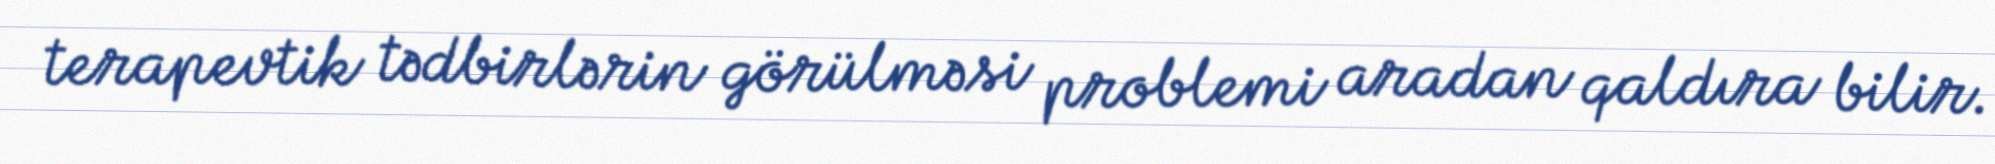
terapevtik tədbirlərin görülməsi problemi aradan qaldıra bilir.